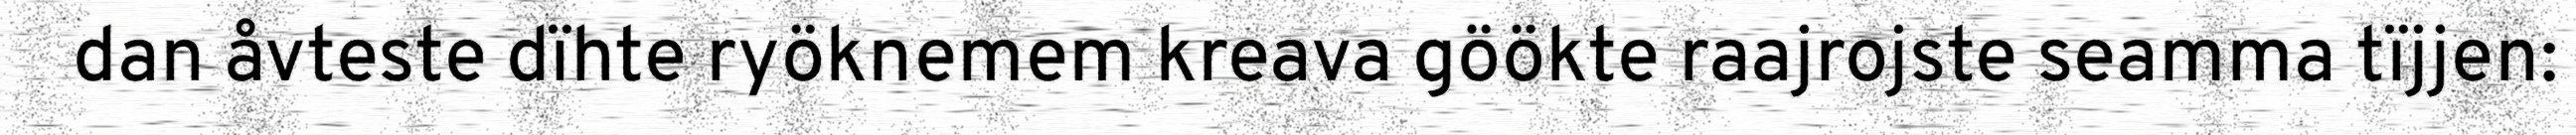
dan åvteste dïhte ryöknemem kreava göökte raajrojste seamma tïjjen: